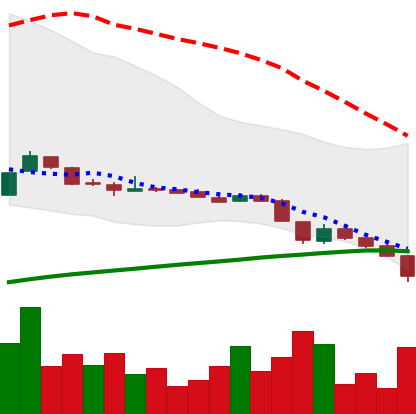
Ticker: DOGE-USD
Chart end date: 2018-11-14
Forward return: -10.278%
Label: down_7plus